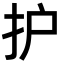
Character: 护